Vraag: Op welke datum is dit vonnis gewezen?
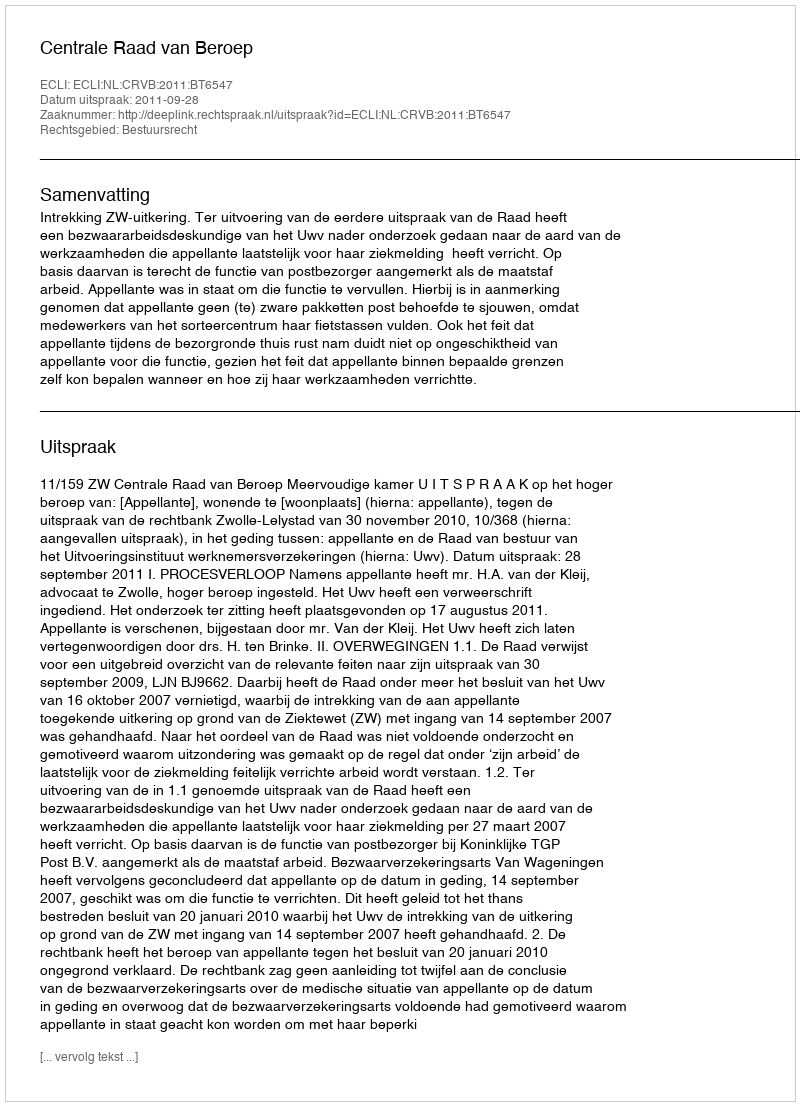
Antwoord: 2011-09-28